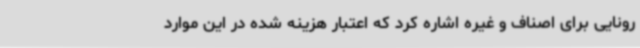
رونایی برای اصناف و غیره اشاره کرد که اعتبار هزینه شده در این موارد